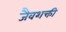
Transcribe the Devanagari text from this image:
जैवशक्ती